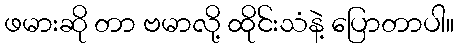
ဖမားဆို တာ ဗမာလို့ ထိုင်းသံနဲ့ ပြောတာပါ။